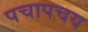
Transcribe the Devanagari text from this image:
पचापचय